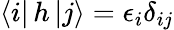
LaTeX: \langle i|\, h\, |j\rangle=\epsilon_{i}\delta_{ij}